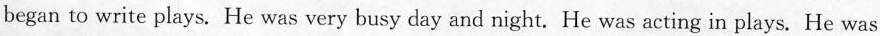
began to write plays. He was very busy day and night. He was acting in plays. He was